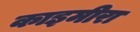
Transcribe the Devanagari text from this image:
काइमीरा